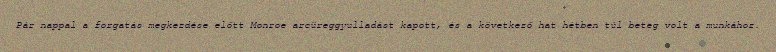
Pár nappal a forgatás megkezdése előtt Monroe arcüreggyulladást kapott, és a következő hat hétben túl beteg volt a munkához.